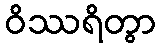
ဝိဿရိတွာ